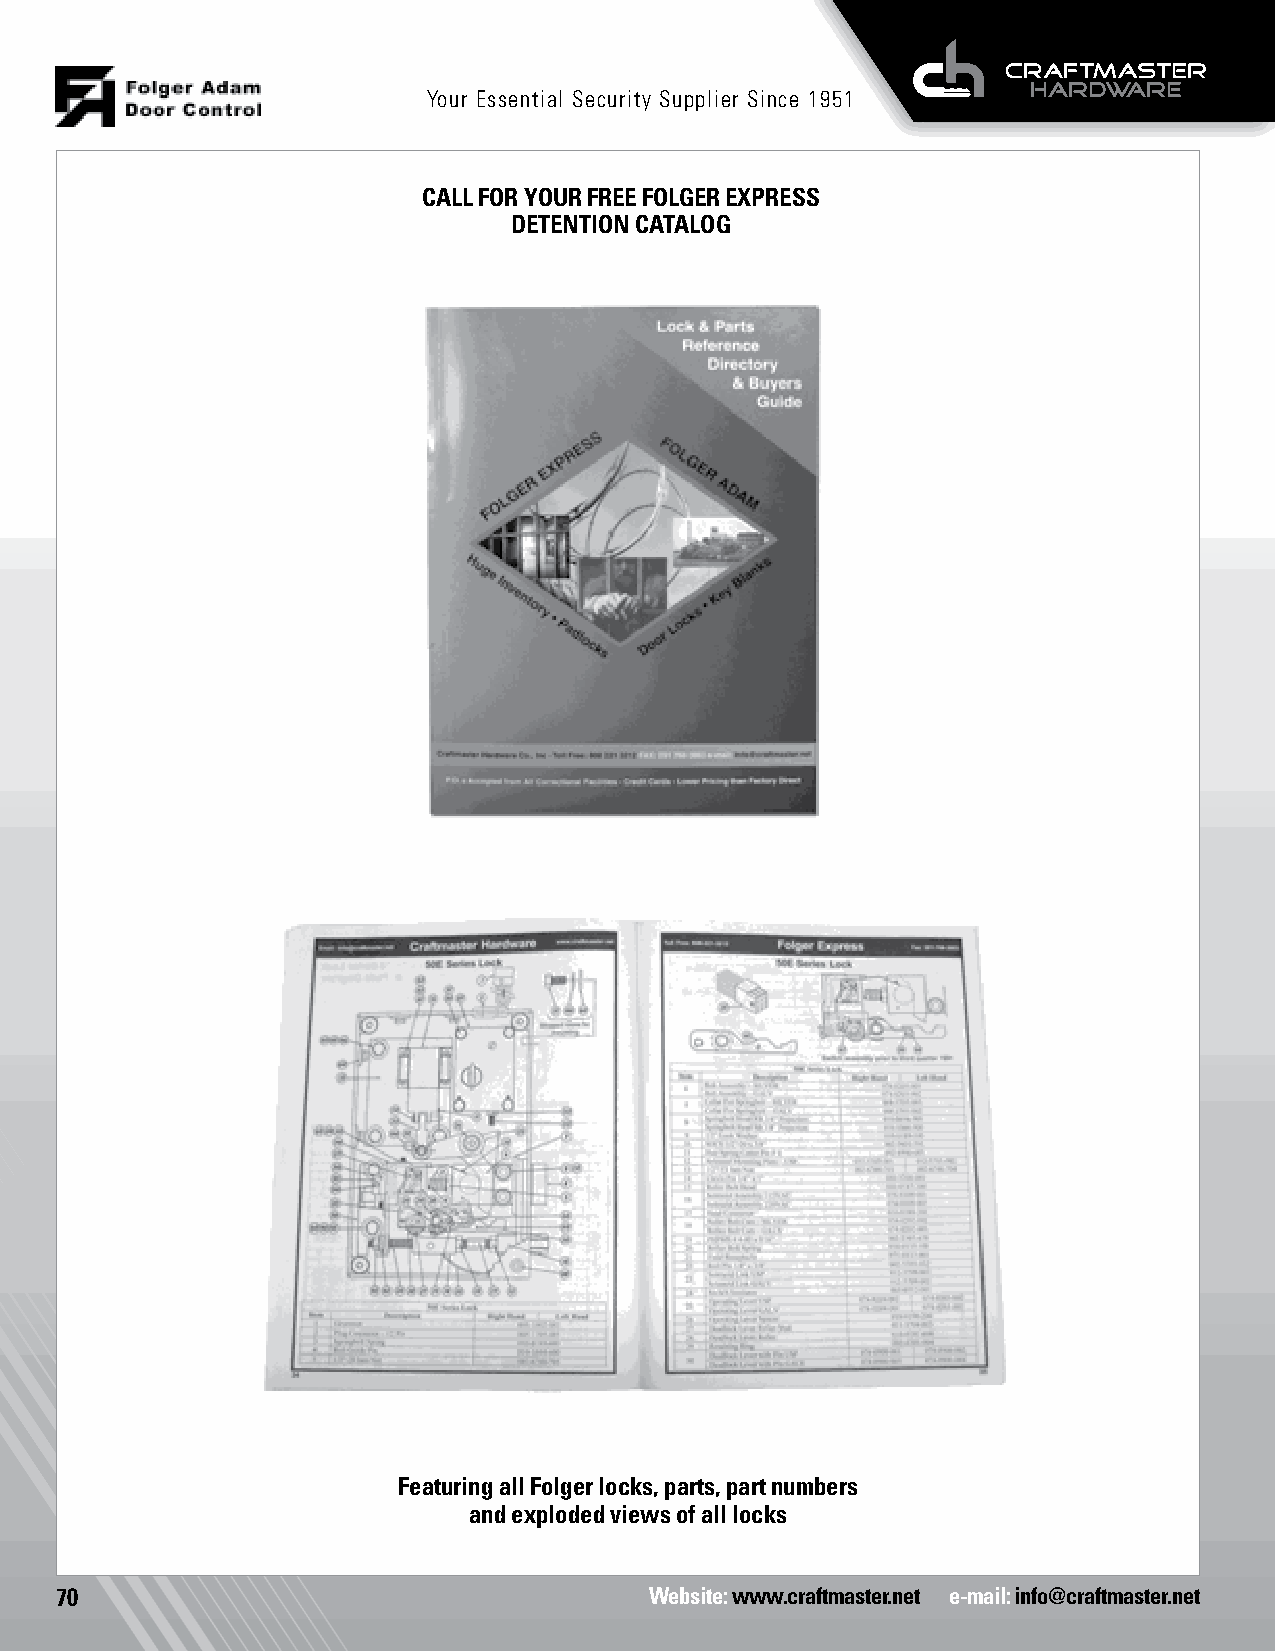
Your Essential Security Supplier Since 1951
 CALL FOR YOUR FREE FOLGER EXPRESS
 DETENTION CATALOG
 Featuring all Folger locks, parts, part numbers
 and exploded views of all locks
 70                                     Website: www.craftmaster.net e-mail: info@craftmaster.net